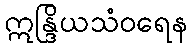
ဣန္ဒြိယသံဝရေန